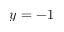
y = - 1